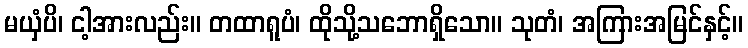
မယှံပိ၊ ငါ့အားလည်း။ တထာရူပံ၊ ထိုသို့သဘောရှိသော။ သုတံ၊ အကြားအမြင်နှင့်။